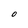
Character: 0